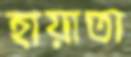
হায়াতা